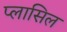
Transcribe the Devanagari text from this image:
प्लासिल